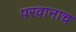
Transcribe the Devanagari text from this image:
परवानाच